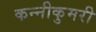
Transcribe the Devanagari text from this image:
कन्नीकुमरी